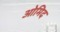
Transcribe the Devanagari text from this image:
ओमिद